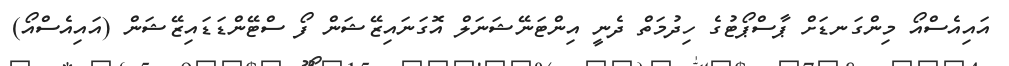
އައިއެސްއޯ މިންގަނޑަށް ޕާސްޕޯޓުގެ ހިދުމަތް ދެނީ އިންޓަނޭޝަނަލް އޮގަނައިޒޭޝަން ފޯ ސްޓޭންޑަޑައިޒޭޝަން (އައިއެސްއޯ)